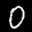
Label: 0